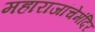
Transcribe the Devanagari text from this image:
महाराजांचेमंदिर